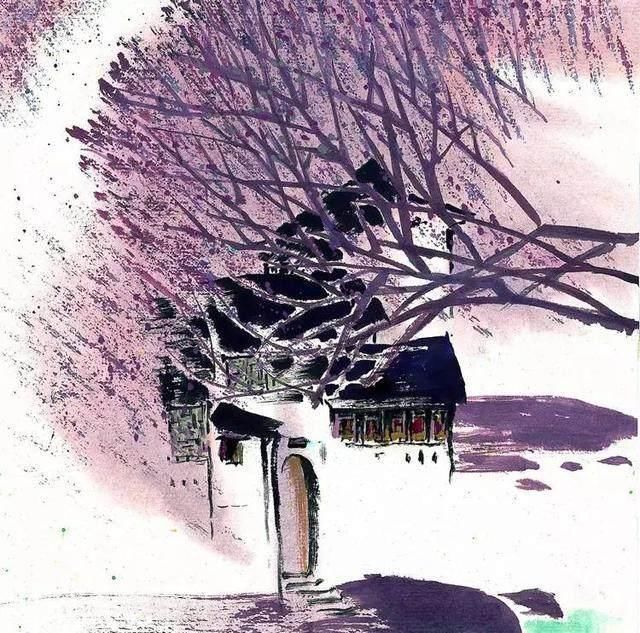
别愁深夜雨，孤影小窗灯。